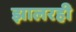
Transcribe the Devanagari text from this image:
झालरही